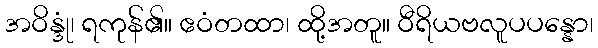
အဝိန္ဒုံ၊ ရကုန်၏။ ဧဝံတထာ၊ ထို့အတူ။ ဝီရိယဗလူပပန္နော၊